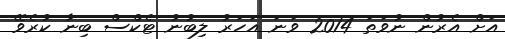
އަށް އެރުން ނުވަތަ 2014 ވަނަ އަހަރު ލިބުނު ޓެކްސް ބިނާ ކުރެވޭ